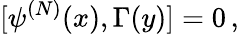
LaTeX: [\psi^{(N)}(x),\Gamma(y)]=0\, ,